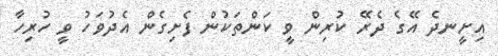
އިށީނދެ އޭގެ ދެރޭ ކުރިން ވީ ކަންތަކުން ފެށިގެން އެދުވަހު ވީ ހުރިހާ